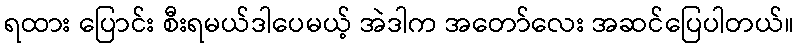
ရထား ပြောင်း စီးရမယ်ဒါပေမယ့် အဲဒါက အတော်လေး အဆင်ပြေပါတယ်။